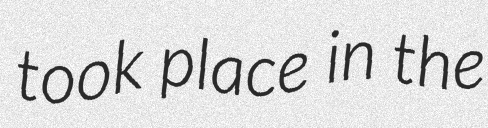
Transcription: took place in the